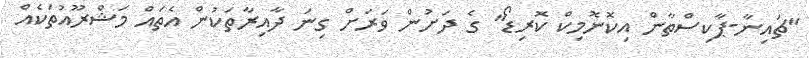
"ޗައިނާ-ޕާކިސްތާން އިކޮނޮމިކް ކޮރިޑޯ" ގެ ދަށުން ވަރަށް ގިނަ ދާއިރާތަކުން އެތައް މަޝްރޫއުތަކެއް